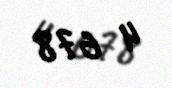
4 678